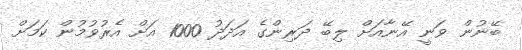
ބޭނުން ވަނީ އޭނާއަށް ލިބޭ ދަރިންގެ އަދަދު 1000 އަށް އެރުވުމުން ކަމަށް